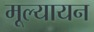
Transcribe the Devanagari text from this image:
मूल्यायन